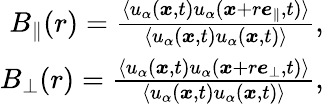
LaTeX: \begin{array}{r}{B_{\parallel}(r)=\frac{\langle u_{\alpha}(\boldsymbol{x},t)u_{\alpha}(\boldsymbol{x}+r\boldsymbol{e}_{\parallel},t)\rangle}{\langle u_{\alpha}(\boldsymbol{x},t)u_{\alpha}(\boldsymbol{x},t)\rangle},}\\ {B_{\perp}(r)=\frac{\langle u_{\alpha}(\boldsymbol{x},t)u_{\alpha}(\boldsymbol{x}+r\boldsymbol{e}_{\perp},t)\rangle}{\langle u_{\alpha}(\boldsymbol{x},t)u_{\alpha}(\boldsymbol{x},t)\rangle},}\end{array}